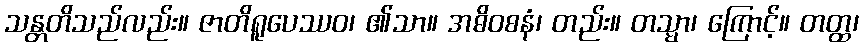
သန္တတိသည်လည်း။ ဇာတိရူပေဿဝ၊ ၏သာ။ အဓိဝစနံ၊ တည်း။ တသ္မာ၊ ကြောင့်။ တတ္ထ၊